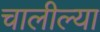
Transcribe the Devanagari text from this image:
चालील्या